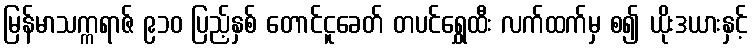
မြန်မာသက္ကရာဇ် ၉၁၀ ပြည့်နှစ် တောင်ငူခေတ် တပင်ရွှေထီး လက်ထက်မှ စ၍ ယိုးဒယားနှင့်